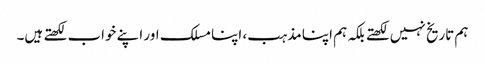
ہم تاریخ نہیں لکھتے بلکہ ہم اپنا مذہب، اپنا مسلک اور اپنے خواب لکھتے ہیں۔